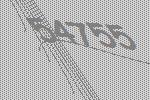
54755